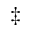
\ddagger